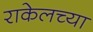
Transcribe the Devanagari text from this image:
राकेलच्या